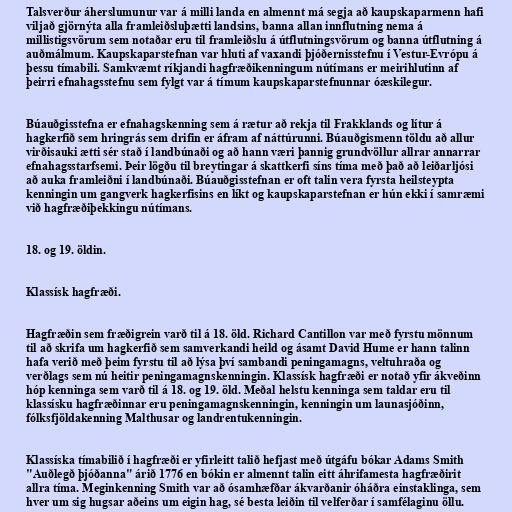
Talsverður áherslumunur var á milli landa en almennt má segja að kaupskaparmenn hafi
viljað gjörnýta alla framleiðsluþætti landsins, banna allan innflutning nema á
millistigsvörum sem notaðar eru til framleiðslu á útflutningsvörum og banna útflutning á
auðmálmum. Kaupskaparstefnan var hluti af vaxandi þjóðernisstefnu í Vestur-Evrópu á
þessu tímabili. Samkvæmt ríkjandi hagfræðikenningum nútímans er meirihlutinn af
þeirri efnahagsstefnu sem fylgt var á tímum kaupskaparstefnunnar óæskilegur.

Búauðgisstefna er efnahagskenning sem á rætur að rekja til Frakklands og lítur á
hagkerfið sem hringrás sem drifin er áfram af náttúrunni. Búauðgismenn töldu að allur
virðisauki ætti sér stað í landbúnaði og að hann væri þannig grundvöllur allrar annarrar
efnahagsstarfsemi. Þeir lögðu til breytingar á skattkerfi síns tíma með það að leiðarljósi
að auka framleiðni í landbúnaði. Búauðgisstefnan er oft talin vera fyrsta heilsteypta
kenningin um gangverk hagkerfisins en líkt og kaupskaparstefnan er hún ekki í samræmi
við hagfræðiþekkingu nútímans.

18. og 19. öldin.

Klassísk hagfræði.

Hagfræðin sem fræðigrein varð til á 18. öld. Richard Cantillon var með fyrstu mönnum
til að skrifa um hagkerfið sem samverkandi heild og ásamt David Hume er hann talinn
hafa verið með þeim fyrstu til að lýsa því sambandi peningamagns, veltuhraða og
verðlags sem nú heitir peningamagnskenningin. Klassísk hagfræði er notað yfir ákveðinn
hóp kenninga sem varð til á 18. og 19. öld. Meðal helstu kenninga sem taldar eru til
klassísku hagfræðinnar eru peningamagnskenningin, kenningin um launasjóðinn,
fólksfjöldakenning Malthusar og landrentukenningin.

Klassíska tímabilið í hagfræði er yfirleitt talið hefjast með útgáfu bókar Adams Smith
"Auðlegð þjóðanna" árið 1776 en bókin er almennt talin eitt áhrifamesta hagfræðirit
allra tíma. Meginkenning Smith var að ósamhæfðar ákvarðanir óháðra einstaklinga, sem
hver um sig hugsar aðeins um eigin hag, sé besta leiðin til velferðar í samfélaginu öllu.